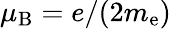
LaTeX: \mu_{\mathrm{B}}=e/(2m_{\mathrm{e}})